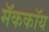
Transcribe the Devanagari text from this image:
मॅककॉय